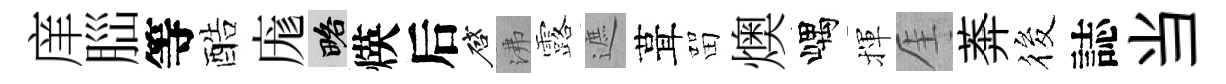
庠𦛁等酷庬略煐后啓沸露遮葺㽞燠嵎揮厓莾筱誌当